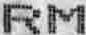
RM